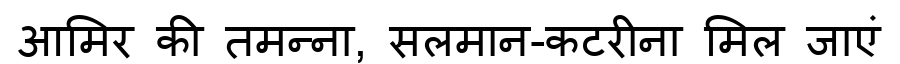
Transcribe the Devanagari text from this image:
आमिर की तमन्ना, सलमान-कटरीना मिल जाएं